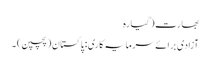
بھارت (گیارہ
آزادی برائے سرمایہ کاری: پاکستان (پچپن) ۔